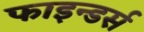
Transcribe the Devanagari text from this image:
फाइन्डर्स